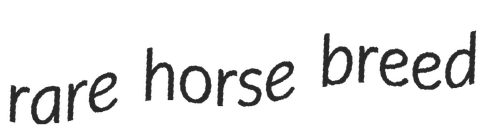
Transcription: rare horse breed